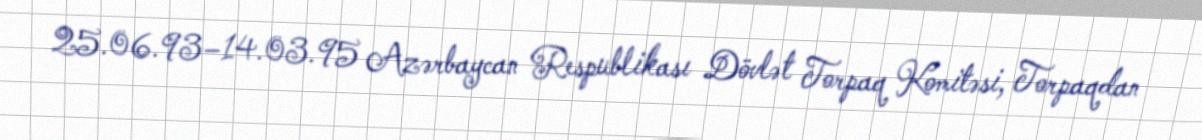
25.06.93–14.03.95 Azərbaycan Respublikası Dövlət Torpaq Komitəsi, Torpaqdan